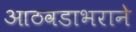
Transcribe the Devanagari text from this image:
आठवडाभराने